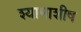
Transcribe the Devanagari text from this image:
श्यामाशीष